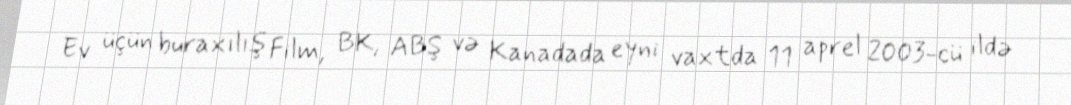
Ev üçün buraxılış Film, BK, ABŞ və Kanadada eyni vaxtda 11 aprel 2003-cü ildə